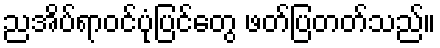
ညအိပ်ရာဝင်ပုံပြင်တွေ ဖတ်ပြတတ်သည်။